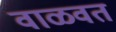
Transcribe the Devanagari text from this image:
वाळवत